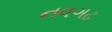
નવગઢ